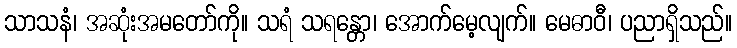
သာသနံ၊ အဆုံးအမတော်ကို။ သရံ သရန္တော၊ အောက်မေ့လျက်။ မေဓာဝီ၊ ပညာရှိသည်။